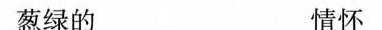
葱绿的 情怀